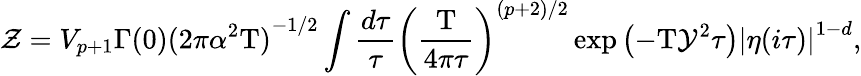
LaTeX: \mathcal{Z}={V_{p+1}}\Gamma(0){{(2\pi{\alpha^{2}}\mathrm{{T}})}^{-1/2}}\int{\frac{{d\tau}}{{\tau}}}{{\left({\frac{{\mathrm{{T}}}}{{4\pi\tau}}}\right)}^{(p+2)/2}}\exp\left(-\mathrm{{T}}{\mathcal{{Y}}^{2}}\tau\right){{|\eta(i\tau)|}^{1-d}},